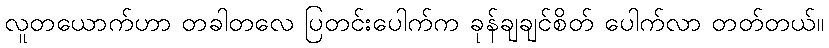
လူတယောက်ဟာ တခါတလေ ပြတင်းပေါက်က ခုန်ချချင်စိတ် ပေါက်လာ တတ်တယ်။